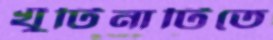
খুঁটিনাটিতে